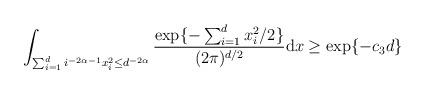
LaTeX: \begin{align*}\int_{\sum_{i=1}^{d}i^{-2\alpha-1}x_{i}^2 \leq d^{-2\alpha} } \frac{ \exp\{-\sum_{i=1}^{d}x_{i}^2 /2 \} }{(2\pi)^{d/2}}\mathrm{d}x\geq \exp\{-c_{3}d\}\end{align*}